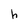
Character: h